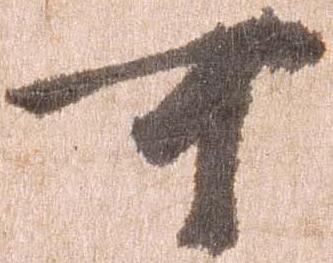
可